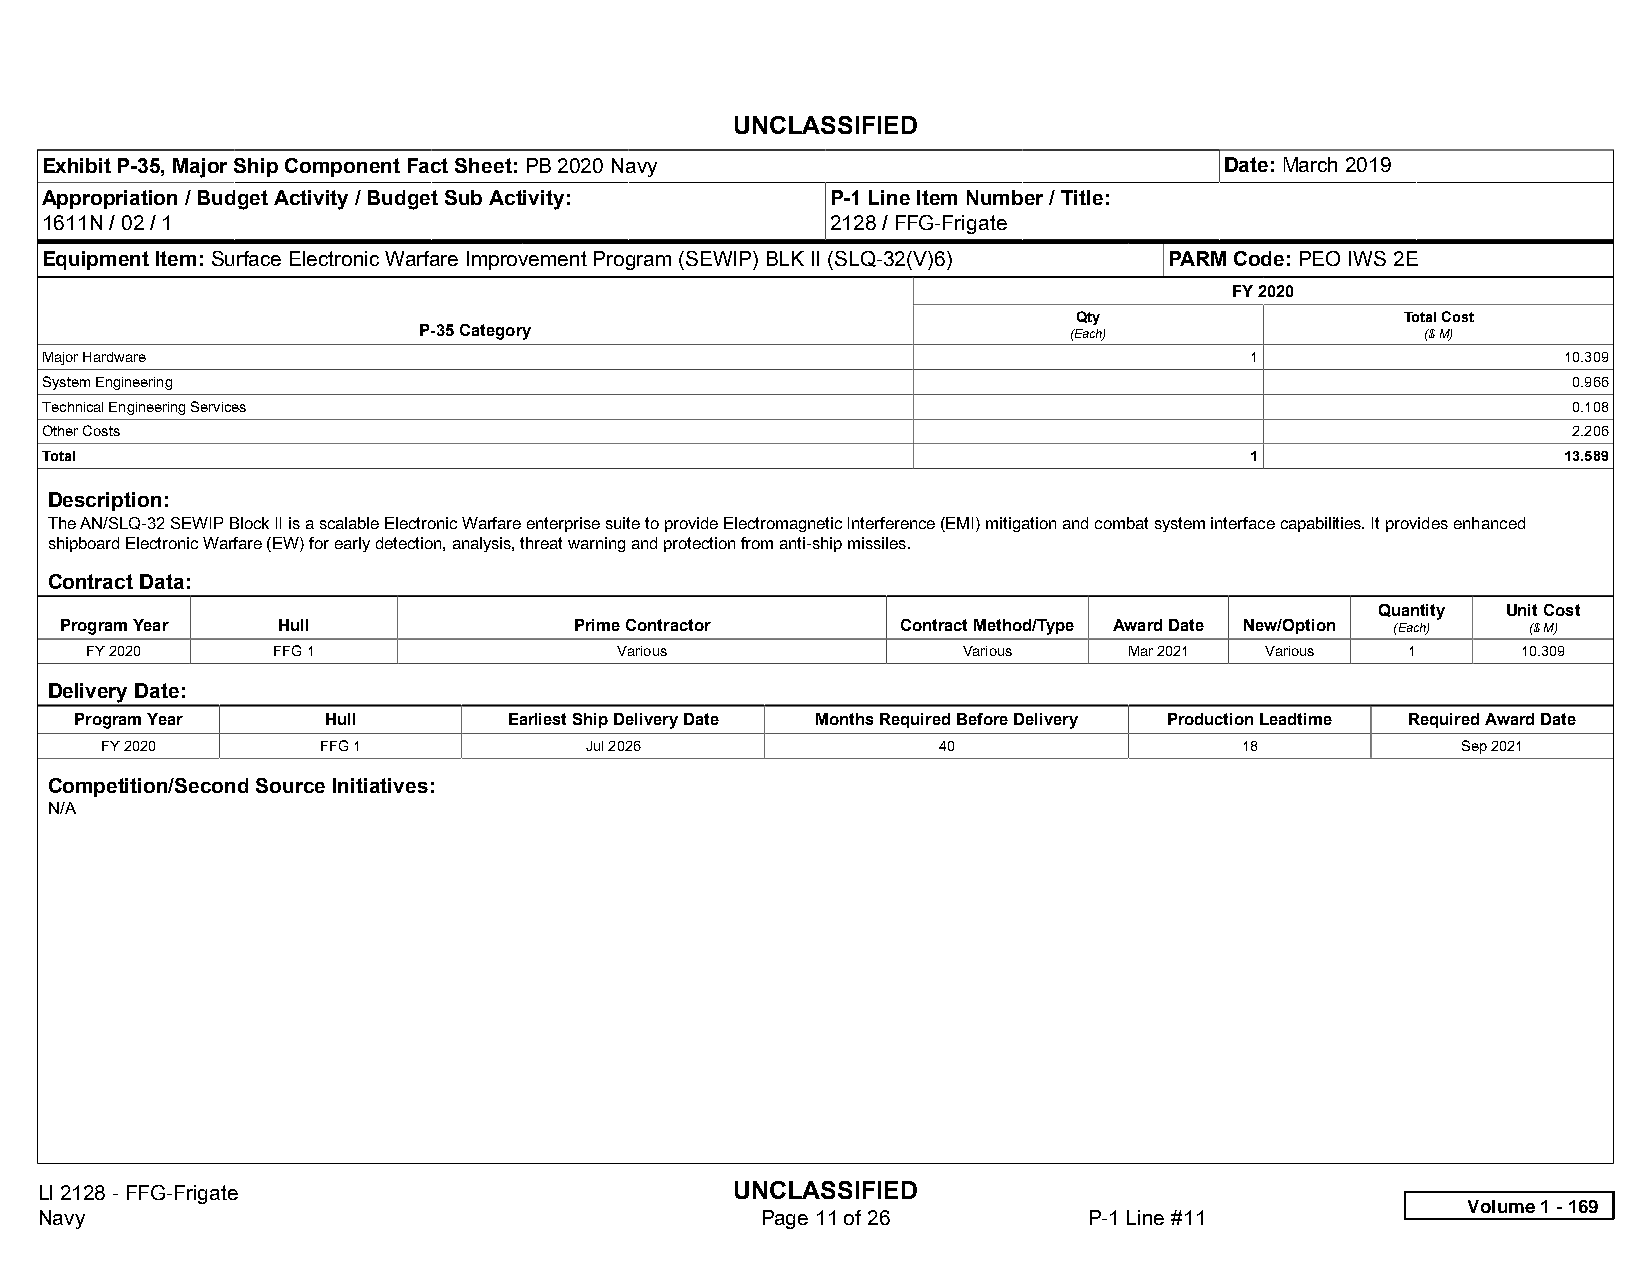
UNCLASSIFIED
 Exhibit P-35, Major Ship Component Fact Sheet: PB 2020 Navy                   Date: March 2019
 Appropriation / Budget Activity / Budget Sub Activity: P-1 Line Item Number / Title:
 1611N / 02 / 1                                      2128 / FFG-Frigate
 Equipment Item: Surface Electronic Warfare Improvement Program (SEWIP) BLK II (SLQ-32(V)6) PARM Code: PEO IWS 2E
 FY 2020
 Qty                   Total Cost
 P-35 Category                              (Each)                 ($ M)
 Major Hardware                                                                  1                   10.309
 System Engineering                                                                                   0.966
 Technical Engineering Services                                                                       0.108
 Other Costs                                                                                          2.206
 Total                                                                           1                   13.589
 Description:
 The AN/SLQ-32 SEWIP Block II is a scalable Electronic Warfare enterprise suite to provide Electromagnetic Interference (EMI) mitigation and combat system interface capabilities. It provides enhanced
 shipboard Electronic Warfare (EW) for early detection, analysis, threat warning and protection from anti-ship missiles.
 Contract Data:
 Quantity Unit Cost
 Program Year  Hull                Prime Contractor      Contract Method/Type Award Date New/Option (Each) ($ M)
 FY 2020     FFG 1                  Various                Various    Mar 2021 Various  1       10.309
 Delivery Date:
 Program Year    Hull         Earliest Ship Delivery Date Months Required Before Delivery Production Leadtime Required Award Date
 FY 2020       FFG 1             Jul 2026               40                  18             Sep 2021
 Competition/Second Source Initiatives:
 N/A
 LI 2128 - FFG-Frigate                          UNCLASSIFIED
 Volume 1 - 169
 Navy                                            Page 11 of 26         P-1 Line #11